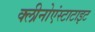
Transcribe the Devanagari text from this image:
क्लीनोएंस्टाटाइट